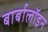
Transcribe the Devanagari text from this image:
बार्बालॉइन